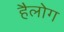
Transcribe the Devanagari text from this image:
हैलोग